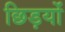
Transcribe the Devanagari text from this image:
छिड़यों